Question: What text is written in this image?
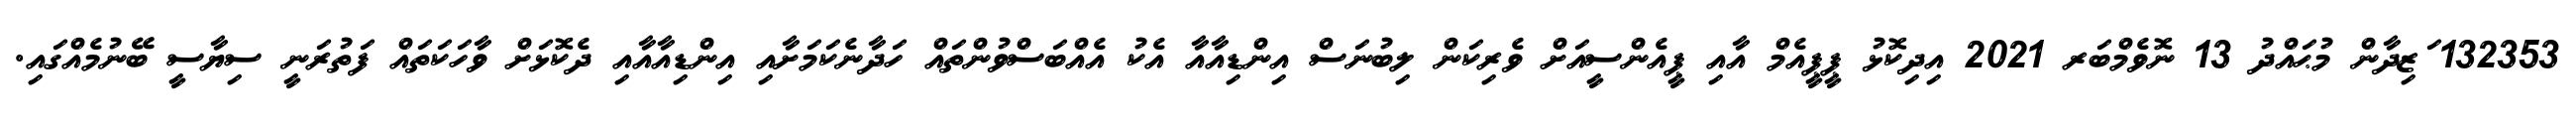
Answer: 132353 ަޒިދާން މުޙައްދު 13 ނޮވެމްބަރ 2021 އިދިކޮޅު ޕީޕީއެމް އާއި ޕީއެންސީއަށް ވެރިކަން ލިބުނަސް އިންޑިއާއާ އެކު އެއްބަސްވުންތައް ހަދާނެކަމަށާއި އިންޑިއާއާއި ދެކޮޅަށް ވާހަކަތައް ފަތުރަނީ ސިޔާސީ ބޭނުމެއްގައި.